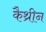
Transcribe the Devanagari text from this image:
कैथ्रीन